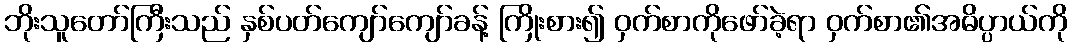
ဘိုးသူတော်ကြီးသည် နှစ်ပတ်ကျော်ကျော်ခန့် ကြိုးစား၍ ဝှက်စာကိုဖော်ခဲ့ရာ ဝှက်စာ၏အဓိပ္ပာယ်ကို